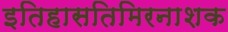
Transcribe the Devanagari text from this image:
इतिहासतिमिरनाशक